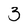
Character: 3